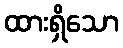
ထားရှိသော